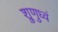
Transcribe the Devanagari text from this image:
श्रुणुध्वं